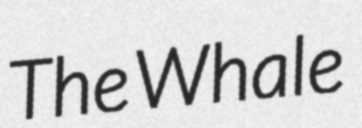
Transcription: The Whale